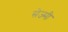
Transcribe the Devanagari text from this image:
सेज्मी